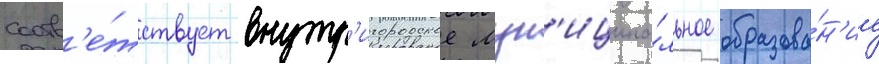
соотв'е́тствует внутр'игородское мун'иципа́льное образова́н'ие